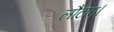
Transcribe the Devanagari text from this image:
लौटाए।